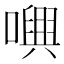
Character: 𡁝